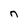
Character: n